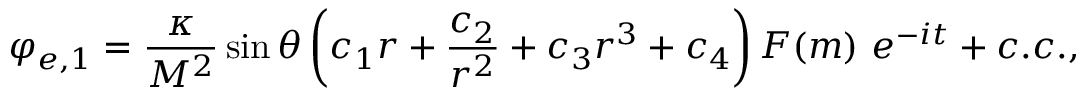
\varphi _ { e , 1 } = \frac { \kappa } { M ^ { 2 } } \sin { \theta } \left( c _ { 1 } r + \frac { c _ { 2 } } { r ^ { 2 } } + c _ { 3 } r ^ { 3 } + c _ { 4 } \right) F ( m ) ~ e ^ { - i t } + c . c . ,